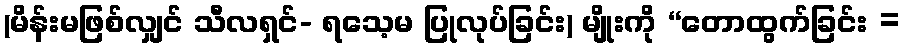
(မိန်းမဖြစ်လျှင် သီလရှင်- ရသေ့မ ပြုလုပ်ခြင်း) မျိုးကို “တောထွက်ခြင်း =